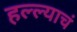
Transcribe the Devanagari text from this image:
हल्ल्याचं